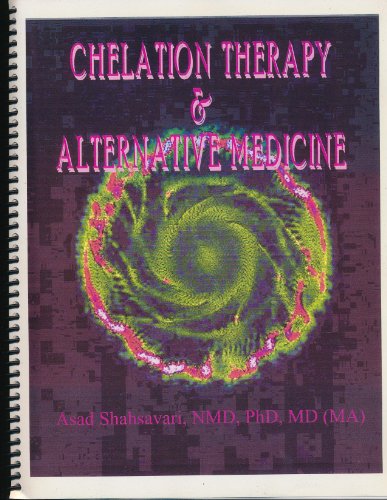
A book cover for Chelation Therapy and Alternative Medicine; Asad Shahsavari; Health, Fitness & Dieting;